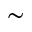
\sim